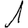
Digit: 1